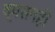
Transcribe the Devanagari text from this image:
व्यसनही